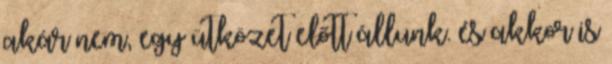
akár nem, egy ütközet előtt állunk. és akkor is